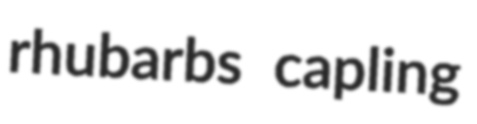
rhubarbs capling